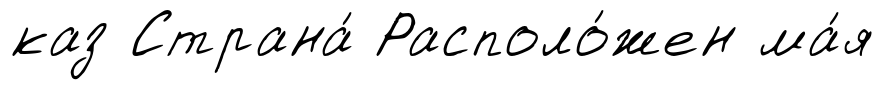
каз Страна́ Располо́жен ма́я